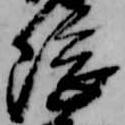
隈